Report on sanitation, dispensaries, and jails in Rajputana for 1918, and on vaccination for the year 1918-1919 - 1918-1919
Year: 1918
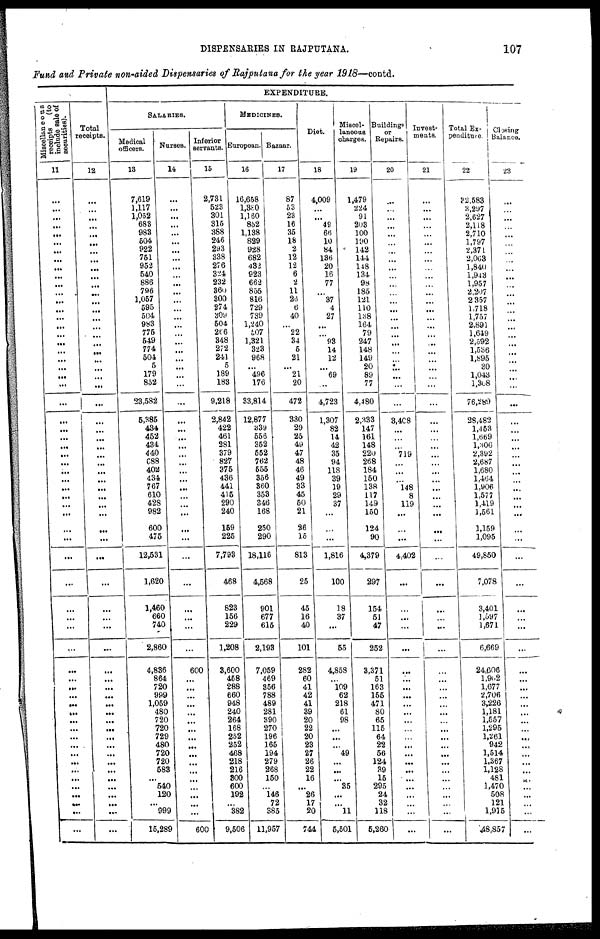
DISPENSARIES IN RAJPUTANA.
107
Fund and Private non-aided Dispensaries of Rajputana for the year 1918—contd.
M
iscellaneous
receipts
(to
include sale of
Securities).
11
...
...
...
...
...
...
...
...
...
...
...
...
...
...
...
...
...
...
...
...
...
...
...
...
...
...
...
...
...
...
...
...
...
...
...
...
...
...
...
...
...
...
...
...
...
...
...
...
...
...
...
...
...
...
...
...
...
...
...
...
...
...
...
Total
receipts.
12
...
...
...
...
...
...
...
...
...
...
...
...
...
...
...
... ...
...
...
...
...
...
...
...
...
...
...
...
...
...
...
...
...
...
...
...
...
...
...
...
...
...
...
...
...
...
...
...
...
...
...
...
...
...
...
...
...
...
...
...
...
...
...
EXPENDITURE.
SALARIES.
Medical
officers.
13
7,619
1,117
1,052
683
983
504
922
751
952
540
886
796
1,057
595
504
983
775
549
774
504
5
179
852
23,582
5,385
434
452
434
440
688
402
434
767
610
428
982
600
475
12,531
1,620
1,460
660
740
2,860
4,836
864
720
999
1,059
480
720
720
729
480
720
720
583
...
540
120
...
999
15,289
Nurses.
14
...
...
...
...
...
...
...
...
...
...
...
...
...
...
...
...
...
...
...
...
...
...
...
...
...
...
...
...
...
...
...
...
...
...
...
...
...
...
...
...
...
...
...
...
600
...
...
...
...
...
...
...
...
...
...
...
...
...
...
...
...
...
600
Inferior
servants.
15
2,731
523
301
315
388
246
293
338
276
324
232
360
300
274
309
504
266
348
272
241
5
189
183
9,218
2,842
422
461
281
379
827
375
436
441
415
290
240
159
225
7,793
468
823
156
229
1,208
3,600
458
288
660
948
240
264
168
252
252
468
218
216
300
600
192
...
382
9,506
MEDICINES.
European.
16
16,658
1,380
1,160
852
1,138
829
928
682
432
923
662
855
816
729
739
1,240
507
1,321
323
968
...
496
176
33,814
12,877
339
556
352
552
762
555
356
360
353
346
168
250
290
18,116
4,568
901
677
615
2,193
7,059
469
356
788
489
281
390
270
196
165
194
279
268
150
...
146
72
385
11,957
Bazaar.
17
87
53
23
16
35
18
2
12
12
6
2
11
26
6
40
... 22
34
5
21
...
21
20
472
330
29
25
49
47
48
46
49
33
45
50
21
26
15
813
25
45
16
40
101
282
60
41
42
41
39
20
22
20
23
27
26
22
16
...
26
17
20
744
Diet.
18
4,009
...
...
49
66
10
84
136
20
16
77
...
37
4
27
...
...
93
14
12
...
69
...
4,723
1,307
82
14
42
35
94
118
39
19
29
37
...
...
...
1,816
100
18
37
...
55
4,858
...
109
62
218
61
98
...
...
...
49
...
...
...
35
...
...
11
5,501
Miscel-
laneous
charges.
19
1,479
224
91
203
100
190
142
144
148
134
98
185
121
110
138
164
79
247
148
149
20
89
77
4,480
2,333
147
161
148
220
268
184
150
138
117
149
150
124
90
4,379
297
154
51
47
252
3,371
51
163
155
471
80
65
115
64
22
56
124
39
15
295
24
32
118
5,260
Buildings
or
Repairs.
20
...
...
...
...
...
...
...
...
...
...
...
...
...
...
...
...
...
...
...
...
...
...
...
...
3,408
...
...
...
719
...
...
...
148
8
119
...
...
...
4,402
...
...
...
...
...
...
...
...
...
...
...
...
...
...
...
...
...
...
...
...
...
....
...
...
Invest-
ments.
21
...
...
...
...
...
...
...
...
...
...
...
...
...
...
...
...
...
...
...
...
...
...
...
...
...
...
...
...
...
...
...
...
...
...
...
...
...
...
...
...
...
...
...
...
...
...
...
...
...
...
...
...
...
...
...
...
...
...
...
...
...
...
...
Total Ex-
penditure.
22
32,583
3,297
2,627
2,118
2,710
1,797
2,371
2,063
1,840
1,943
1,957
2,207
2,357
1,718
1,757
2,891
1,649
2,592
1,536
1,896
30
1,043
1,308
76,289
28,482
1,453
1,669
1,306
2,392
2,687
1,680
1,464
1,906
1,577
1,419
1,561
1,159
1,095
49,850
7,078
3,401
1,597
1,671
6,669
24,606
1,902
1,677
2,706
3,226
1,181
1,557
1,295
1,261
942
1,514
1,367
1,128
481
1,470
508
121
1,915
48,857
Closing
Balance.
23
...
...
...
...
...
...
...
...
...
...
...
...
...
...
...
...
...
...
...
...
...
...
...
...
...
...
...
...
...
...
...
...
...
...
...
...
...
...
...
...
...
...
...
...
...
...
...
...
...
...
...
...
...
...
...
...
...
...
...
...
...
...
...